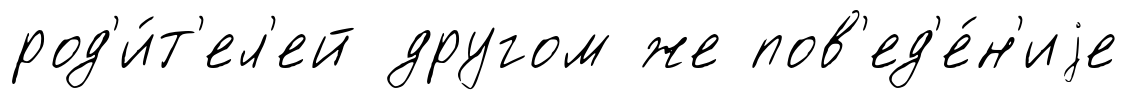
род'и́т'ел'ей другом же пов'ед'е́н'иjе